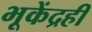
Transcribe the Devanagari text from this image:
भूकेंद्रही